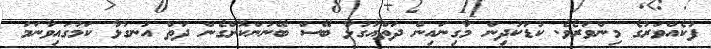
ފުކެއްވަރުގެ މިންވަރެވެ. ކުޑަކުދިން މާގިނައިން ދަތްއުގުޅާ ބޭސް ބޭނުންކޮށްގެން ދަތް އުނގުޅާ ކަމުގައިވާނަމަ